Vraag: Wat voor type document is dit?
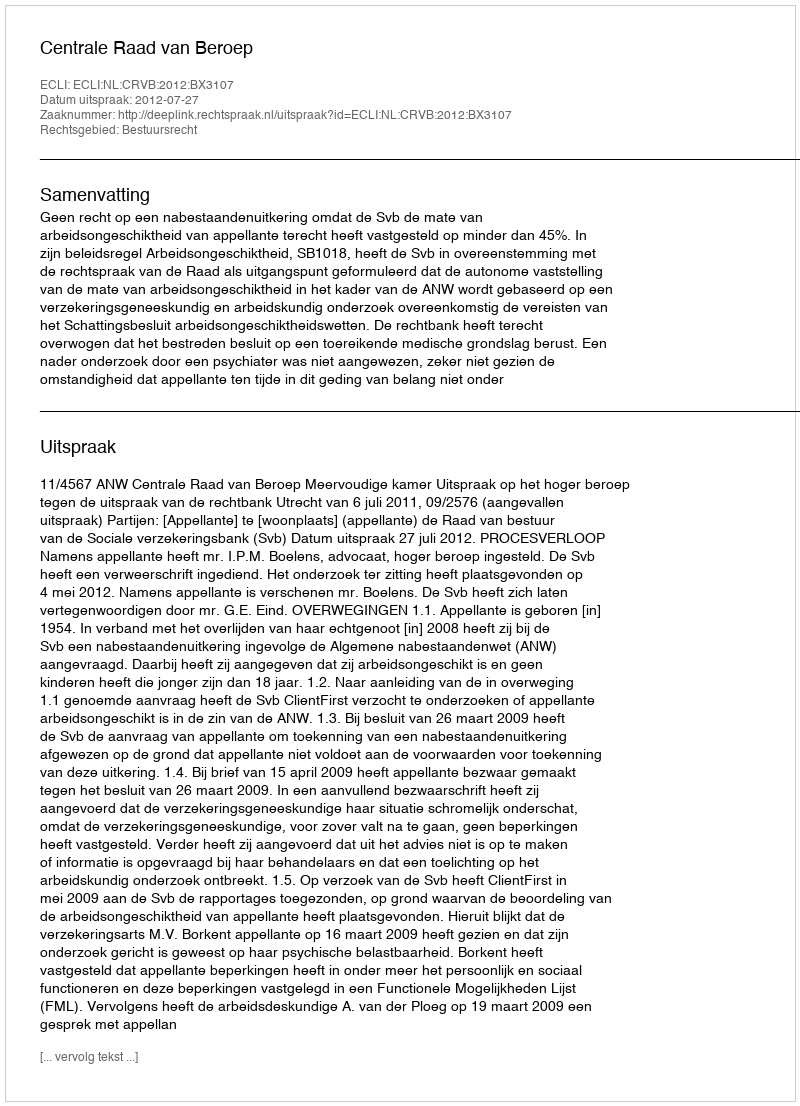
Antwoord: Uitspraak